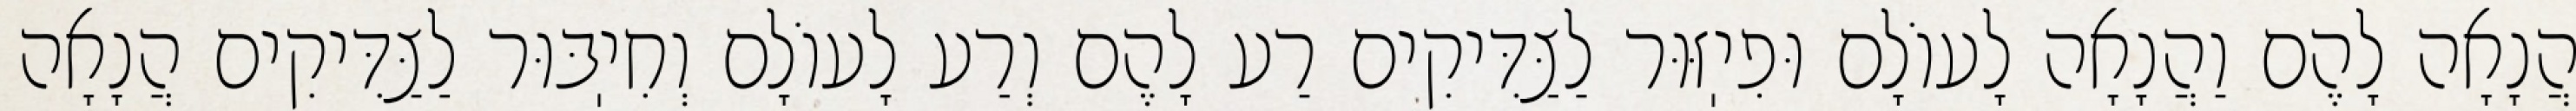
הֲנָאָה לָהֶם וַהֲנָאָה לָעוֹלָם וּפִיֽזּוּר לַצַּדִּיקִים רַע לָהֶם וְרַע לָעוֹלָם וְחִיֽבּוּר לַצַּדִּיקִים הֲנָאָה